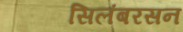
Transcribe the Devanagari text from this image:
सिलंबरसन